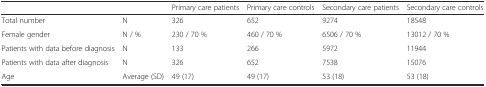
<table><thead><tr><td colspan="2"></td><td><b>Primary care patients</b></td><td><b>Primary care controls</b></td><td><b>Secondary care patients</b></td><td><b>Secondary care controls</b></td></tr></thead><tbody><tr><td>Total number</td><td>N</td><td>326</td><td>652</td><td>9274</td><td>18548</td></tr><tr><td>Female gender</td><td>N / %</td><td>230 / 70 %</td><td>460 / 70 %</td><td>6506 / 70 %</td><td>13012 / 70 %</td></tr><tr><td>Patients with data before diagnosis</td><td>N</td><td>133</td><td>266</td><td>5972</td><td>11944</td></tr><tr><td>Patients with data after diagnosis</td><td>N</td><td>326</td><td>652</td><td>7538</td><td>15076</td></tr><tr><td>Age</td><td>Average (SD)</td><td>49 (17)</td><td>49 (17)</td><td>53 (18)</td><td>53 (18)</td></tr></tbody></table>